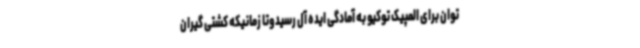
توان برای المپیک توکیو به آمادگی ایده آل رسیدوتا زمانیکه کشتی گیران